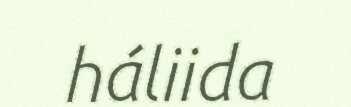
háliida